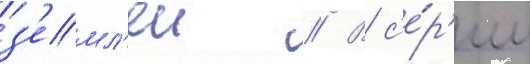
з'емл'еи // В с'е́р'ии